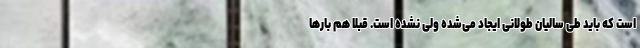
است که باید طی سالیان طولانی ایجاد می‌شده ولی نشده است. قبلا هم بارها